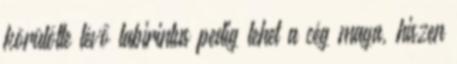
körülötte lévő labirintus pedig lehet a cég maga, hiszen